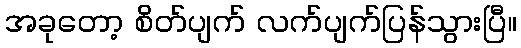
အခုတော့ စိတ်ပျက် လက်ပျက်ပြန်သွားပြီ။